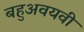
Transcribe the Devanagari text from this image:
बहुअवयवी